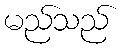
မည်သည်